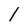
Character: l